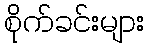
စိုက်ခင်းများ